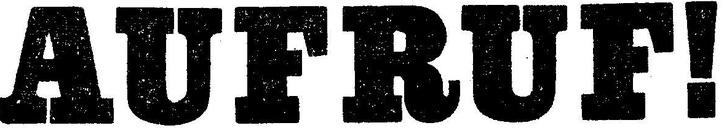
AUFRUF!